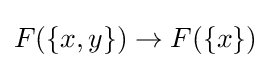
F(\{x,y\})\to F(\{x\})